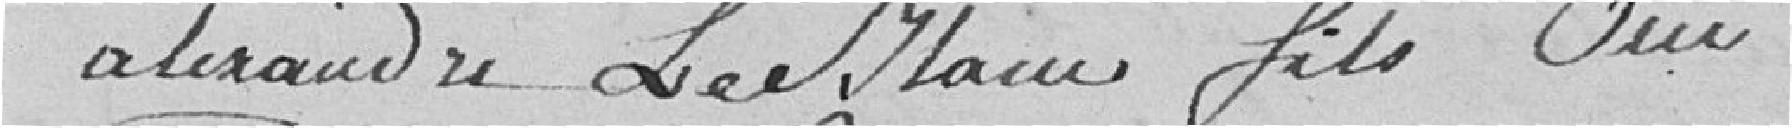
Alexandre LeBlanc fils oui